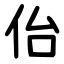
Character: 佁